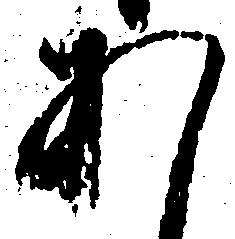
あ